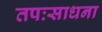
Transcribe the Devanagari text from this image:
तपःसाधना